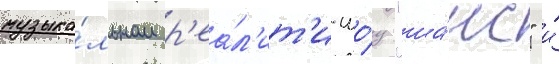
музыка́льном р'еа́л'ит'и-шо́у "ша́нс" и́